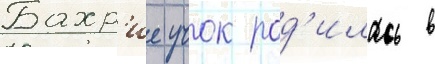
Бахр'ие учок род'илась в